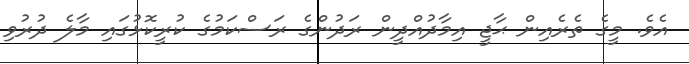
އެވެ. މީގެ ތެރެއިން ޙާޖީ އިމާދުއްދީން ރަދުންގެ ރަސްކަމުގެ ކުރީކޮޅުގައި މާލެ ދުރުވި